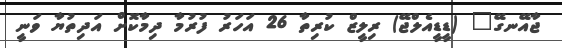
ޖާއޭނގޭ" (ޑީޑީއެލްޖޭ) ރިލީޒް ކުރިތާ 26 އަހަރު ފުރުމާ ދިމާކޮށް އަދިތުޔާ ވަނީ